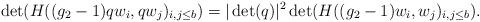
LaTeX: \begin{align*}\det(H((g_2-1)qw_i,qw_j)_{i,j\leq b})=|\det(q)|^2 \det(H((g_2-1)w_i,w_j)_{i,j\leq b}).\end{align*}